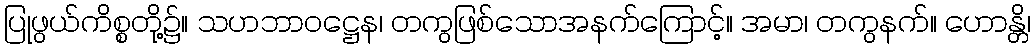
ပြုဖွယ်ကိစ္စတို့၌။ သဟဘာဝဋ္ဌေန၊ တကွဖြစ်သောအနက်ကြောင့်။ အမာ၊ တကွနက်။ ဟောန္တိ၊